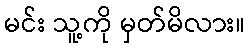
မင်း သူ့ကို မှတ်မိလား။